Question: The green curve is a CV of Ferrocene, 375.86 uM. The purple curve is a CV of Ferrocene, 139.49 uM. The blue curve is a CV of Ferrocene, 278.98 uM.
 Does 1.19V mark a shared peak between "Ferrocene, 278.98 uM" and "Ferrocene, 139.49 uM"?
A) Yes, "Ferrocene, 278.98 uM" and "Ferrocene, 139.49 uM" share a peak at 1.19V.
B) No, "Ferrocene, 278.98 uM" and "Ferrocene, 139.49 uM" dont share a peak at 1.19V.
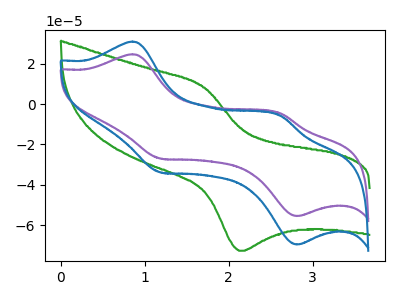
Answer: <think>The green curve "Ferrocene, 375.86 uM" has an anodic peak at (1.70V, 8.20uA) and a cathodic peak at (2.10V, -72.70uA). The purple curve "Ferrocene, 139.49 uM" has anodic peaks at (0.85V, 24.70uA) (2.60V, -4.55uA) and cathodic peaks at (1.20V, -26.95uA) (2.80V, -55.50uA). The blue curve "Ferrocene, 278.98 uM" has anodic peaks at (0.85V, 31.00uA) (2.60V, -5.70uA) and cathodic peaks at (1.20V, -33.80uA) (2.80V, -69.60uA).</think>
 <answer>A) Yes, "Ferrocene, 278.98 uM" and "Ferrocene, 139.49 uM" share a peak at 1.19V.</answer>
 <eval>A</eval>